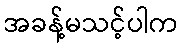
အခန့်မသင့်ပါက